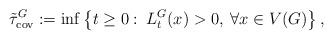
LaTeX: \begin{align*}\tilde{\tau}_{\rm cov}^G:=\inf\left\{t\geq 0:\:L^G_t(x)>0,\:\forall x\in V(G)\right\},\end{align*}